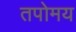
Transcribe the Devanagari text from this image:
तपोमय